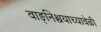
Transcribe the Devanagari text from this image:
वाङ्‌निश्चयाच्यावेळी